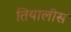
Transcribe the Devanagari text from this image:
तियालीस